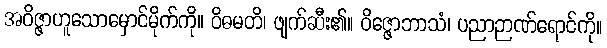
အဝိဇ္ဇာဟူသောမှောင်မိုက်ကို။ ဝိဓမတိ၊ ဖျက်ဆီး၏။ ဝိဇ္ဇောဘာသံ၊ ပညာဉာဏ်ရောင်ကို။